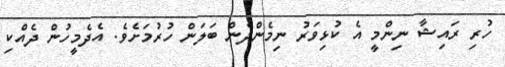
ހުރި ރައިޝާ ނިންމީ އެ ކުޅިވަރު ނިމެންދެެން ބަލަން ހުރުމަށެވެ. އެދެމީހުން ދެއްކި